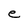
Character: e